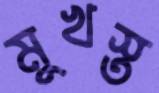
মুখস্ত